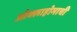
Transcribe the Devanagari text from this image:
ओक्लाहोमाची